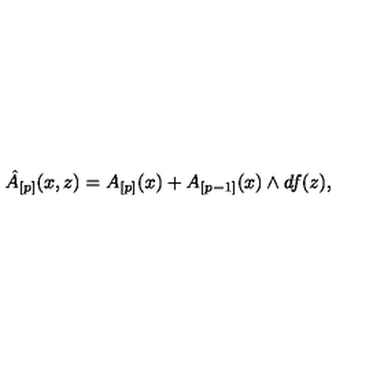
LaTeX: \hat { A } _ { [ p ] } ( x , z ) = A _ { [ p ] } ( x ) + A _ { [ p - 1 ] } ( x ) \wedge d f ( z ) ,